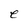
Character: e